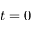
t = 0